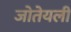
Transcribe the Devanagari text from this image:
जोतेयली